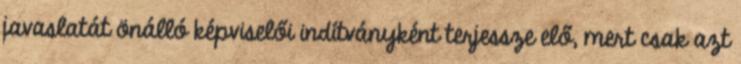
javaslatát önálló képviselői indítványként terjessze elő, mert csak azt